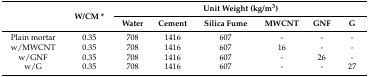
<table><thead><tr><td rowspan="2"></td><td rowspan="2"><b>W/CM *</b></td><td colspan="6"><b>Unit Weight (kg/m<sup>3</sup>)</b></td></tr><tr><td><b>Water</b></td><td><b>Cement</b></td><td><b>Silica Fume</b></td><td><b>MWCNT</b></td><td><b>GNF</b></td><td><b>G</b></td></tr></thead><tbody><tr><td>Plain mortar</td><td>0.35</td><td>708</td><td>1416</td><td>607</td><td>-</td><td>-</td><td>-</td></tr><tr><td>w/MWCNT</td><td>0.35</td><td>708</td><td>1416</td><td>607</td><td>16</td><td>-</td><td>-</td></tr><tr><td>w/GNF</td><td>0.35</td><td>708</td><td>1416</td><td>607</td><td>-</td><td>26</td><td>-</td></tr><tr><td>w/G</td><td>0.35</td><td>708</td><td>1416</td><td>607</td><td>-</td><td>-</td><td>27</td></tr></tbody></table>